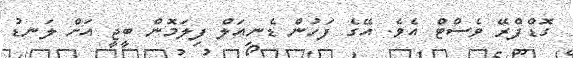
ގޮޑްފްރޭ ވެސްޓް އެވެ. އޭގެ ފަހުން ޑެނިއަލް ފިލަމޮން ބީޖީ އަށް ލަނޑު